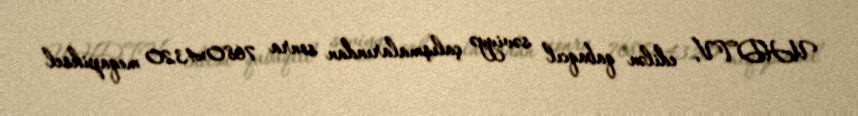
UHDTV, edilən qabaqcıl səviyyə çalışmalarından sonra 7680x4320 meqapiksel